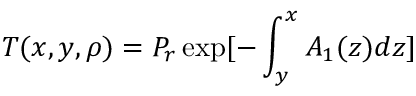
T ( x , y , \rho ) = P _ { r } \exp [ - \int _ { y } ^ { x } A _ { 1 } ( z ) d z ]